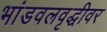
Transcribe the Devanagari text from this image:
भांडवलवृद्धीवर